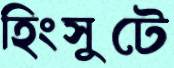
হিংসুটে